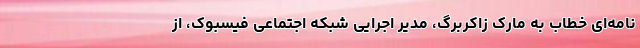
نامه‌ای خطاب به مارک زاکربرگ، مدیر اجرایی شبکه‌ اجتماعی فیسبوک، از